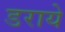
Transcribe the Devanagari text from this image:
डराये